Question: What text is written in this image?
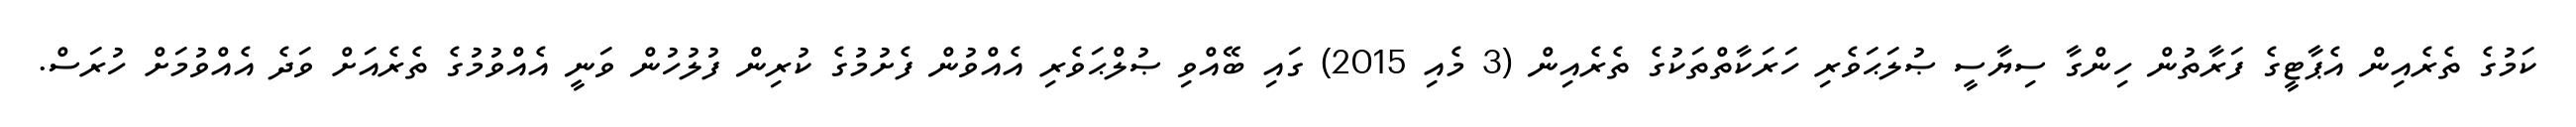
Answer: ކަމުގެ ތެރެއިން އެޕާޓީގެ ފަރާތުން ހިންގާ ސިޔާސީ ޞުލަޙަވެރި ހަރަކާތްތަކުގެ ތެރެއިން (3 މެއި 2015) ގައި ބޭއްވި ޞުލްޙަވެރި އެއްވުން ފެށުމުގެ ކުރިން ފުލުހުން ވަނީ އެއްވުމުގެ ތެރެއަށް ވަދެ އެއްވުމަށް ހުރަސް.